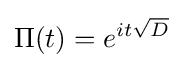
\Pi (t)=e^{it{\sqrt {D}}}